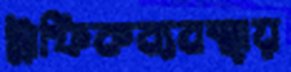
ট্রাফিকব্যবস্থায়